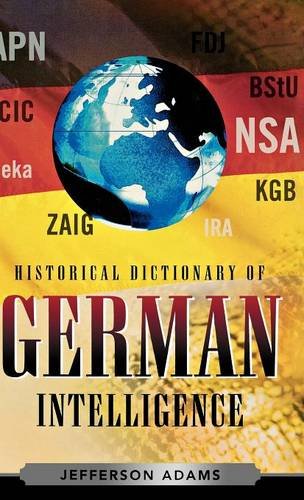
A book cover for Historical Dictionary of German Intelligence (Historical Dictionaries of Intelligence and Counterintelligence); Jefferson Adams; History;